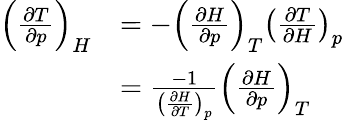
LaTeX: {\begin{array}{rl}{\left({\frac{\partial T}{\partial p}}\right)_{H}}&{=-\left({\frac{\partial H}{\partial p}}\right)_{T}\left({\frac{\partial T}{\partial H}}\right)_{p}}\\ &{={\frac{-1}{\left({\frac{\partial H}{\partial T}}\right)_{p}}}\left({\frac{\partial H}{\partial p}}\right)_{T}}\end{array}}